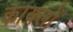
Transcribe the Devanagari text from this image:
कायलों